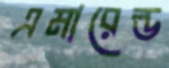
এমারেল্ড